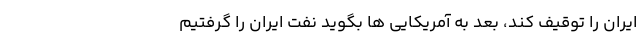
ایران را توقیف کند، بعد به آمریکایی ها بگوید نفت ایران را گرفتیم